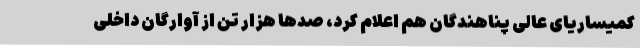
کمیساریای عالی پناهندگان هم اعلام کرد، صدها هزار تن از آوارگان داخلی